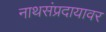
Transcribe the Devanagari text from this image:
नाथसंप्रदायावर